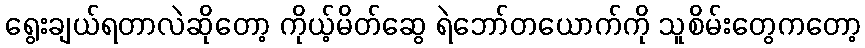
ရွေးချယ်ရတာလဲဆိုတော့ ကိုယ့်မိတ်ဆွေ ရဲဘော်တယောက်ကို သူစိမ်းတွေကတော့